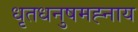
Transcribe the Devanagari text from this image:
धृतधनुषमह्नाय